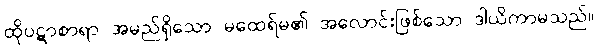
ထိုပဋာစာရာ အမည်ရှိသော မထေရ်မ၏ အလောင်းဖြစ်သော ဒါယိကာမသည်။